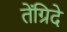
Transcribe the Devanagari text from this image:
तेंग्रिदे